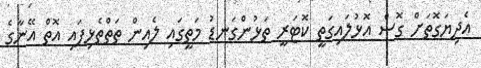
އެދިޔަގޮތަށް ގޮސް އޮޅުލައިގަތީ ކޮޓަރީ ތަޅުންގަނޑު މަތީގައި ލެއިން ތަތްތެޅިފައި އޮތް އޭނާގެ